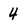
Character: 4